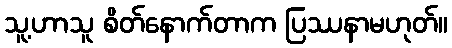
သူ့ဟာသူ စိတ်နောက်တာက ပြဿနာမဟုတ်။